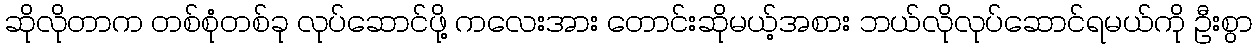
ဆိုလိုတာက တစ်စုံတစ်ခု လုပ်ဆောင်ဖို့ ကလေးအား တောင်းဆိုမယ့်အစား ဘယ်လိုလုပ်ဆောင်ရမယ်ကို ဦးစွာ